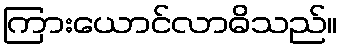
ကြားယောင်လာဓိသည်။